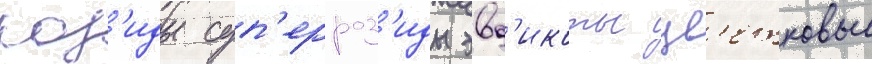
роз'иды суп'ерроз'иды эвд'икоты цв'етковые